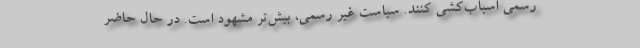
رسمی اسباب‌کشی کنند. سیاست غیر رسمی، بیش‌تر مشهود است. در حال حاضر